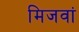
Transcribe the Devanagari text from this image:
मिजवां